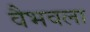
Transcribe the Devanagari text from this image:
वैभवला